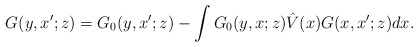
\begin{align*}G(y,x';z)=G_0(y,x';z)-\int G_0(y,x;z)\hat{V}(x)G(x,x';z)dx.\end{align*}